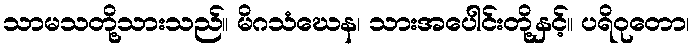
သာမသတို့သားသည်။ မိဂသံဃေန၊ သားအပေါင်းတို့နှင့်။ ပရိဝုတော၊